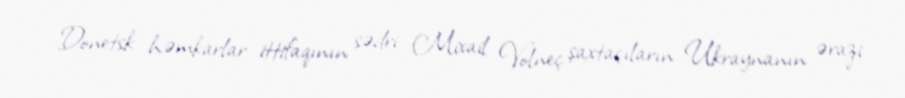
Donetsk həmkarlar ittifaqının sədri Mixail Volneç şaxtaçıların Ukraynanın ərazi